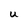
Character: U